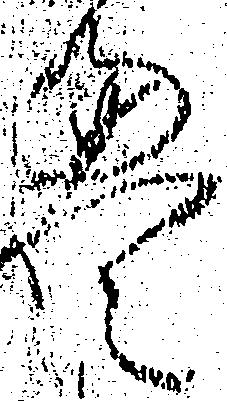
畳